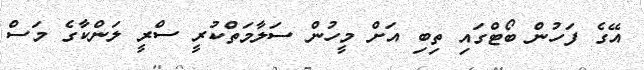
އޭގެ ފަހުން ބޯޓްގައި ތިބި އަށް މީހުން ސަލާމަތްކުރީ ސްރީ ލަންކާގެ މަސް